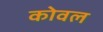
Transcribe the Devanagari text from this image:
कोवल